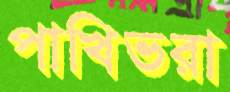
পাখিভরা